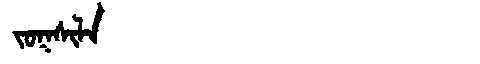
Manchu: ᠵᠣᡴᠰᡳᠯᠠ
Romanization: JOKSILA